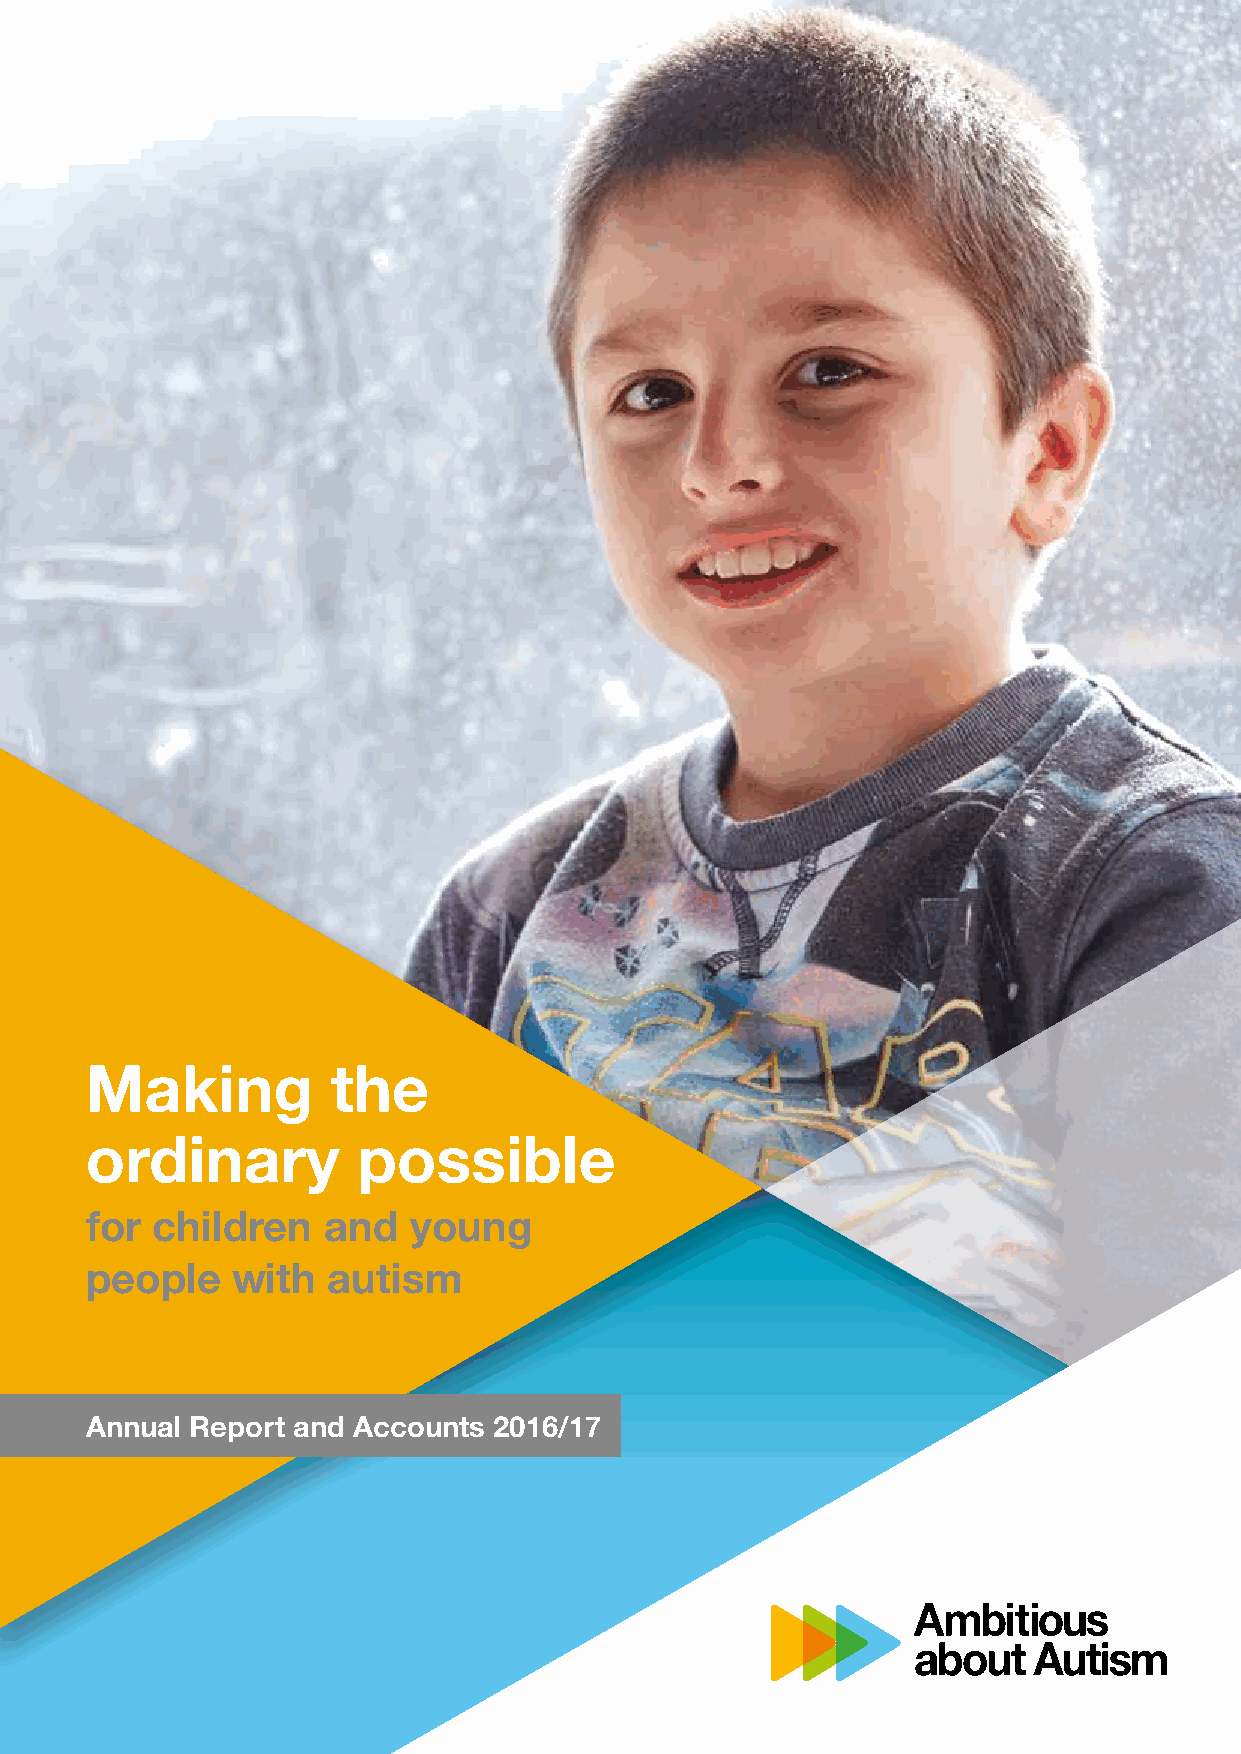
Making          the
 ordinary          possible
 for children   and   young
 people   with   autism
 Annual Report and Accounts 2016/17
 1